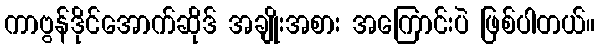
ကာဗွန်ဒိုင်အောက်ဆိုဒ် အချိုးအစား အကြောင်းပဲ ဖြစ်ပါတယ်။